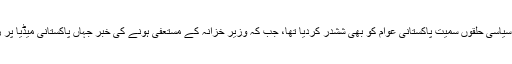
وفاقی وزیر خزانہ اسد عمرکی جانب سے اپنے عہدے سے استعفیٰ دینے کی خبرنے سیاسی حلقوں سمیت پاکستانی عوام کو بھی ششدر کردیا تھا، جب کہ وزیر خزانہ کے مستعفی ہونے کی خبر جہاں پاکستانی میڈیا پر زیرگردش رہی وہیں بین الاقوامی میڈیا کی توجہ حاصل کرنے میں بھی کامیاب رہی۔